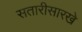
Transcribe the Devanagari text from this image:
सतारीसारखे